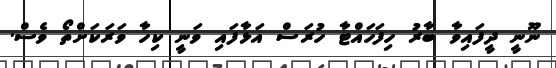
ނޫނީ ދީފައިވާ ބާރު ހިފަހައްޓާ ހުރަސް އަޅާފައި ވަނީ ކިހާ ވަރަކަށްތޯ ވެސް.